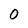
Character: 0